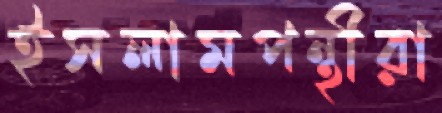
ইসলামপন্থীরা